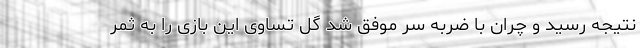
نتیجه رسید و چران با ضربه سر موفق شد گل تساوی این بازی را به ثمر